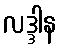
လဒ္ဒါန